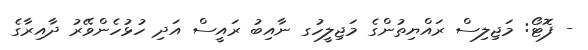
- ފޮޓޯ: މަޖިލިސް ރައްޔިތުންގެ މަޖިލީހުގ ނާއިބު ރައީސް އަދި ހުޅުހެންވޭރު ދާއިރާގެ